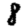
Digit: 8